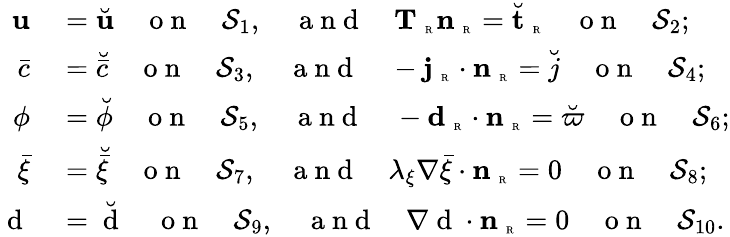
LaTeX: \begin{array}{rl}{{\mathbf u}}&{{}=\breve{{\mathbf u}}\quad\mathrm{~o~n~}\quad\mathcal{S}_{1},\quad\mathrm{~a~n~d~}\quad{\mathbf T}_{\mathrm{~\tiny~R~}}{\mathbf n}_{\mathrm{~\tiny~R~}}=\breve{{\mathbf t}}_{\mathrm{~\tiny~R~}}\quad\mathrm{~o~n~}\quad\mathcal{S}_{2};}\\ {\bar{c}}&{{}=\breve{\bar{c}}\quad\mathrm{~o~n~}\quad\mathcal{S}_{3},\quad\mathrm{~a~n~d~}\quad-{\mathbf j}_{\mathrm{~\tiny~R~}}\cdot{\mathbf n}_{\mathrm{~\tiny~R~}}=\breve{j}\quad\mathrm{~o~n~}\quad\mathcal{S}_{4};}\\ {\phi}&{{}=\breve{\phi}\quad\mathrm{~o~n~}\quad\mathcal{S}_{5},\quad\mathrm{~a~n~d~}\quad-\textbf{d}_{\mathrm{~\tiny~R~}}\cdot{\mathbf n}_{\mathrm{~\tiny~R~}}=\breve{\varpi}\quad\mathrm{~o~n~}\quad\mathcal{S}_{6};}\\ {\bar{\xi}}&{{}=\breve{\bar{\xi}}\quad\mathrm{~o~n~}\quad\mathcal{S}_{7},\quad\mathrm{~a~n~d~}\quad\lambda_{\xi}\nabla\bar{\xi}\cdot{\mathbf n}_{\mathrm{~\tiny~R~}}=0\quad\mathrm{~o~n~}\quad\mathcal{S}_{8};}\\ {\mathrm{~d~}}&{{}=\breve{\mathrm{~d~}}\quad\mathrm{~o~n~}\quad\mathcal{S}_{9},\quad\mathrm{~a~n~d~}\quad{\nabla\mathrm{~d~}}\cdot{\mathbf n}_{\mathrm{~\tiny~R~}}=0\quad\mathrm{~o~n~}\quad\mathcal{S}_{10}.}\end{array}